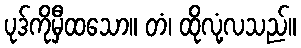
ပုဒ်ကိုမှီထသော။ တံ၊ ထိုလုံ့လသည်။